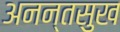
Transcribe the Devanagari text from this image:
अनन्तसुख